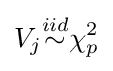
V_{j}{\overset {iid}{\sim }}\chi _{p}^{2}